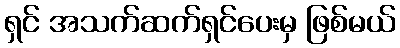
ရှင် အသက်ဆက်ရှင်ပေးမှ ဖြစ်မယ်